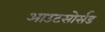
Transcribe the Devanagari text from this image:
आउटसोर्सड